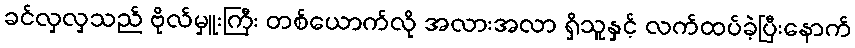
ခင်လှလှသည် ဗိုလ်မှူးကြီး တစ်ယောက်လို အလားအလာ ရှိသူနှင့် လက်ထပ်ခဲ့ပြီးနောက်